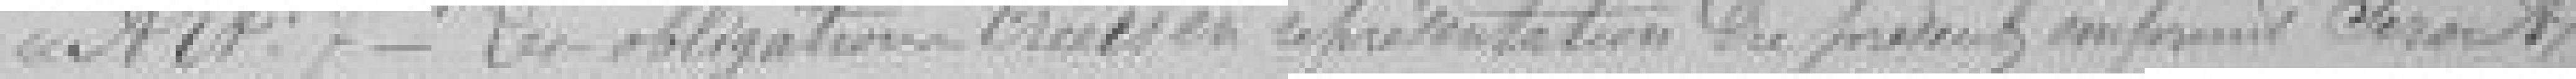
Art.7  Les obligations créées en représentation du présent emprunt seront